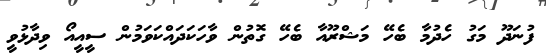
ފުނަދޫ މަގު ހެދުމާ ބެހޭ މަޝްރޫއާ ބެހޭ ގޮތުން ވާހަކަދައްކަވަމުން ސީއީއޯ ވިދާޅުވީ